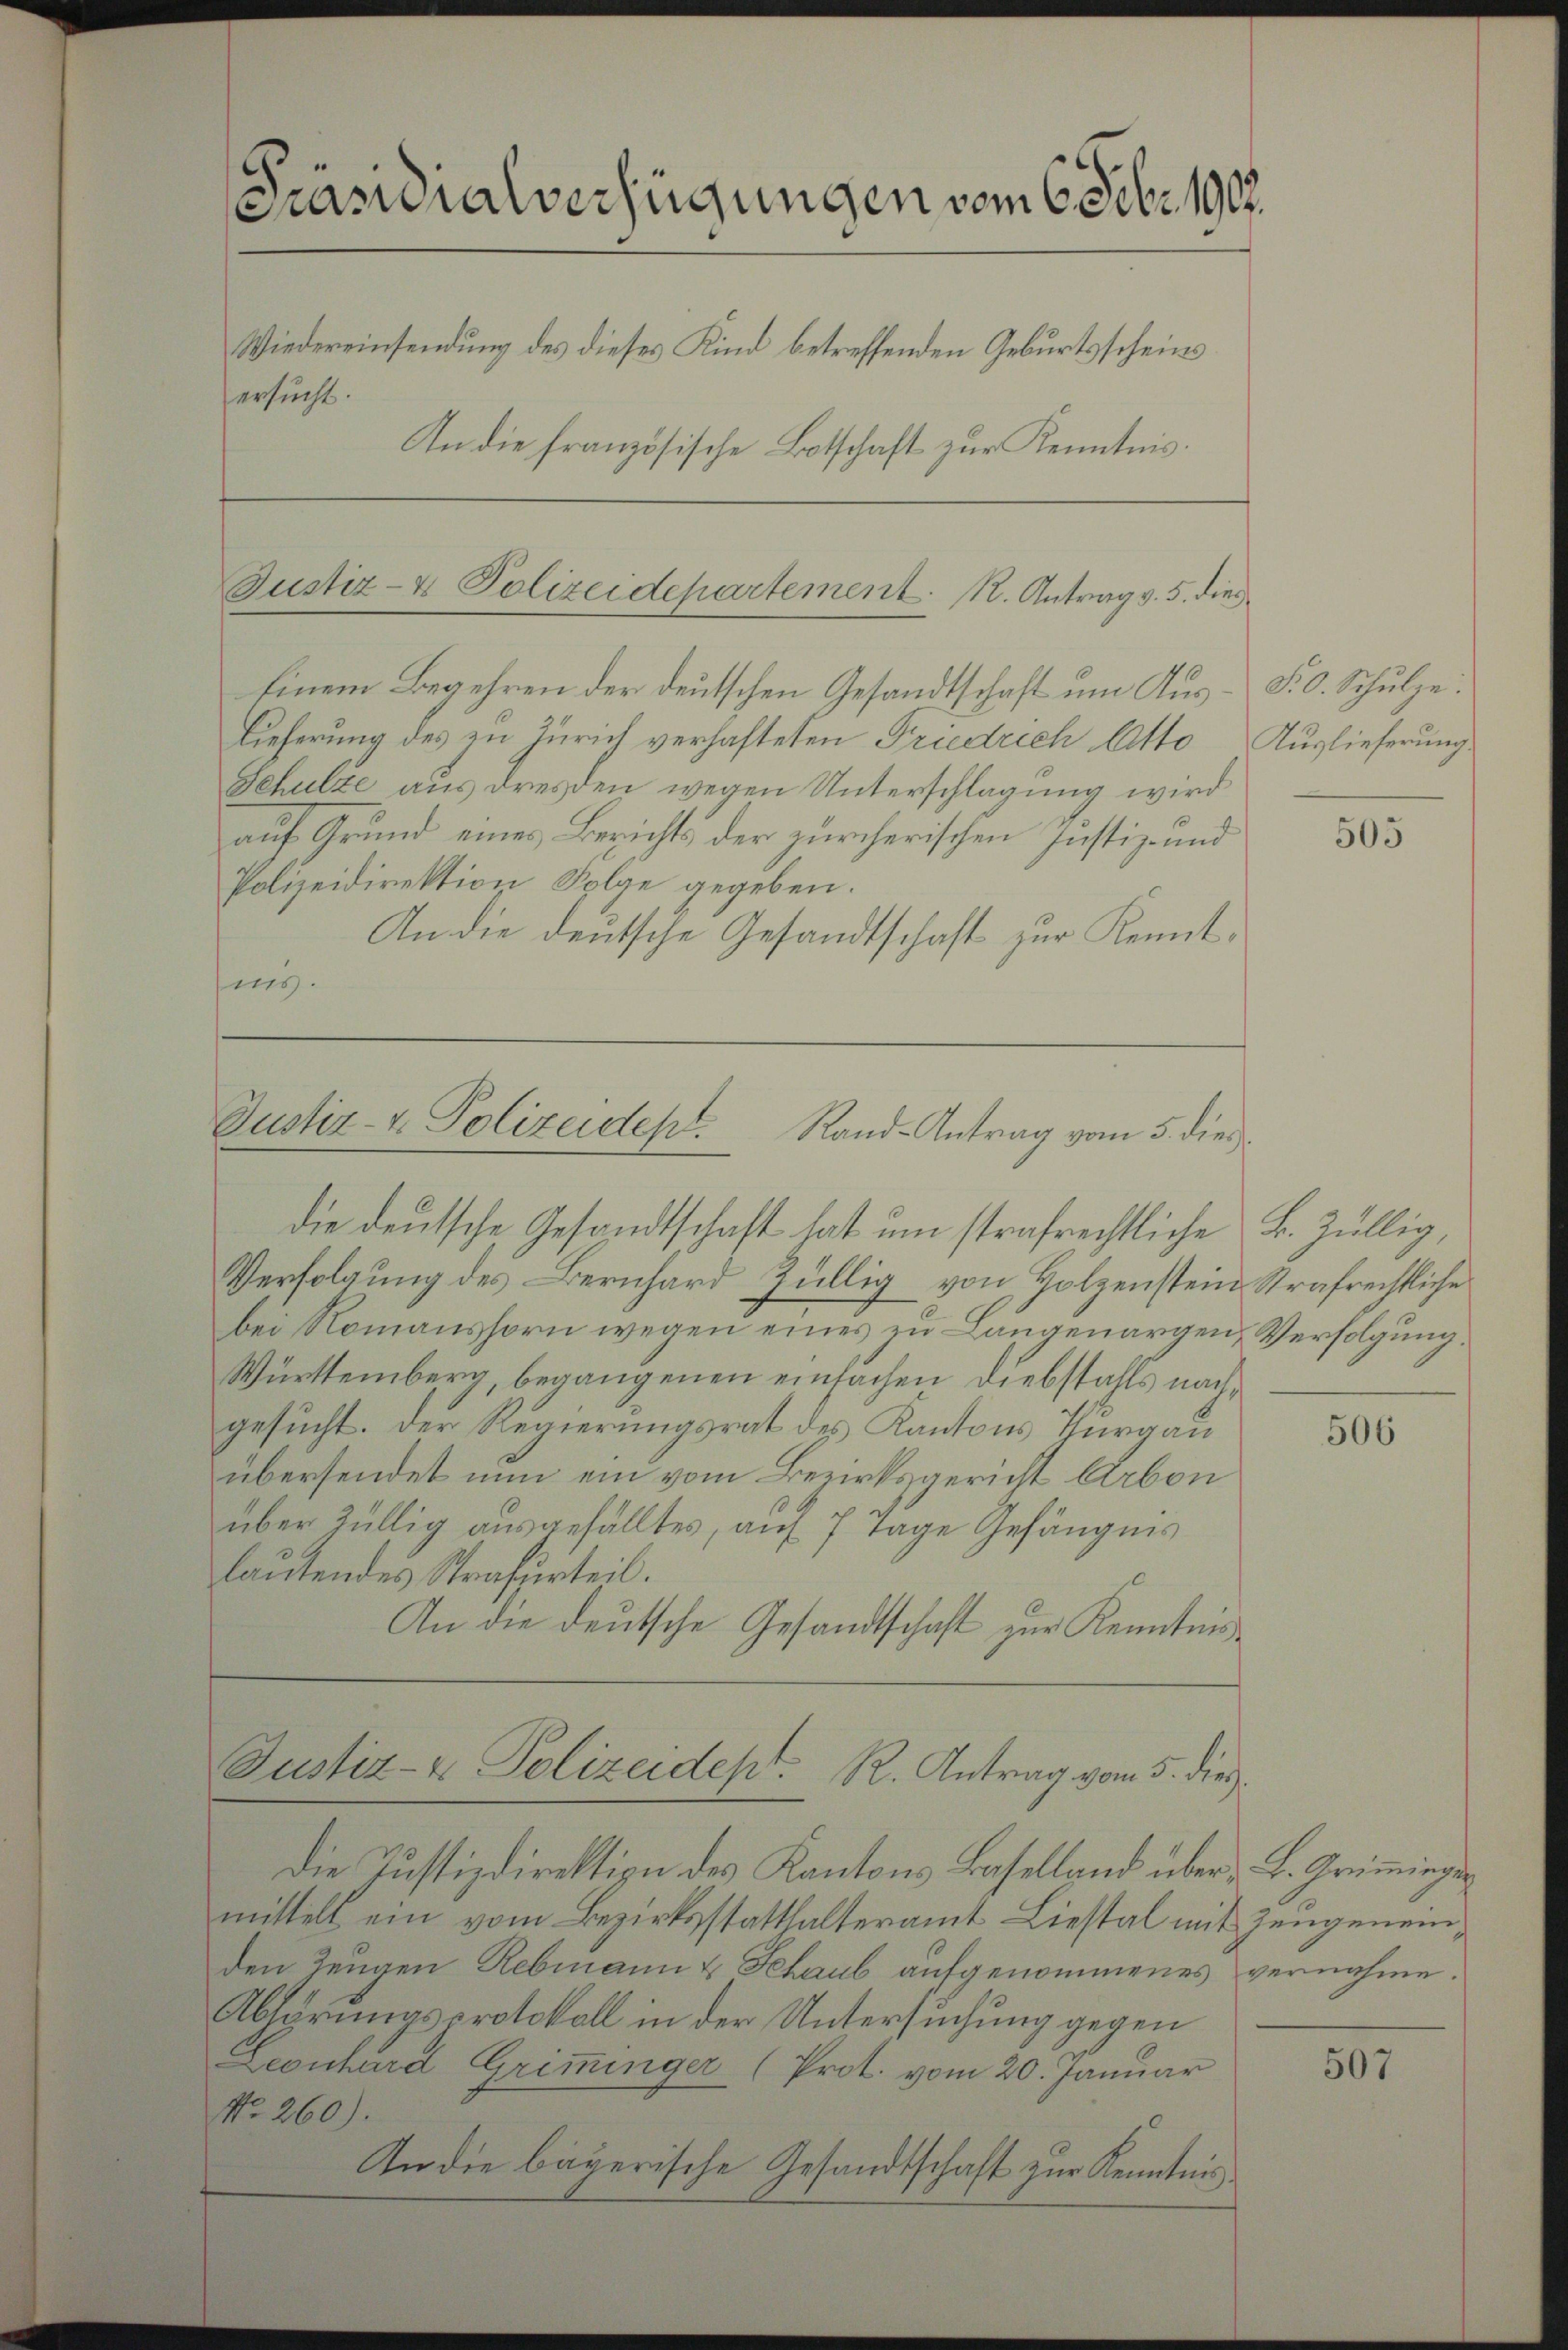
Präsidialverfügungen vom 6. Febr. 1902.
Wiedereinsendung des dieses Kind betreffenden Geburtsscheins
ersucht.
In die französische Botschaft zur Kenntnis.

Justiz- & Polizeidepartement. R. Antrag v. 5. dies
Einem Begehren der deutschen Gesandtschaft um Aus- P. O. Schulze.

Lieferung des zu Zürich verhafteten Friedrich Otto Auslieferung
Schulze aus dresden wegen Unterschlagung wird
auf Grund eines Berichts der zürcherischen Justiz- und
Polizeidirektion Folge gegeben.
An die deutsche Gesandtschaft zur Kenntmy.

Justiz- & Polizeidept. Rand-Antrag vom 5. dies

die deutsche Gesandtschaft hat um strafrechtliche
Verfolgung des Bernhard Züllig von Holzenstein Strafrechtliche
bei Romanshorn wegen eines zu Langenargen Verfolgung.
Württemberg, begangenen einfachen Diebstahls nachgesucht. Der Regierungsrat des Kantons Thurgau
übersendet nun ein vom Bezirksgericht Arbon
über Züllig ausgefälltes, auf 7 Tage Gefängnis
lautendes Strafurteil.
An die deutsche Gesandtschaft zur Kenntnis

Justiz- & Polizeidep. R. Antrag vom 5. dies

Die Justizdirektion des Kantons Baselland über L. Grimmingemittelt ein vom Bezirksstatthalteramt Liestal mit Zeugeneinden Zeugen Rebmann & Schaub aufgenommenes vernahme.
Abhörungsprotokoll in der Untersuchung gegen
Leonhard Grimminger (Prot. vom 20. Januar
No. 260).
An die bayerische Gesandtschaft zur Kenntnis

505

B. Züllig,

506

507